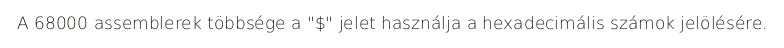
A 68000 assemblerek többsége a "$" jelet használja a hexadecimális számok jelölésére.